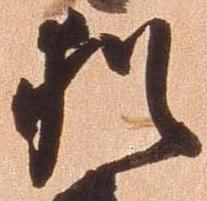
猶